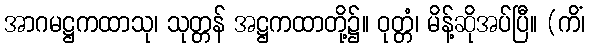
အာဂမဋ္ဌကထာသု၊ သုတ္တန် အဋ္ဌကထာတို့၌။ ဝုတ္တံ၊ မိန့်ဆိုအပ်ပြီ။ (ကိံ၊